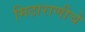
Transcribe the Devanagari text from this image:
मिठाराणीचे